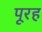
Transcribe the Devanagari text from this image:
पूरह